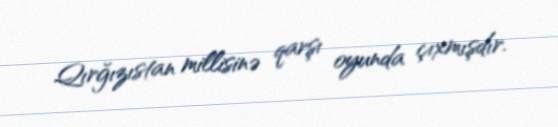
Qırğızıstan millisinə qarşı oyunda çıxmışdır.